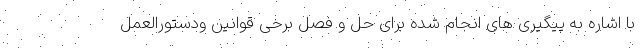
با اشاره به پیگیری های انجام شده برای حل و فصل برخی قوانین ودستورالعمل